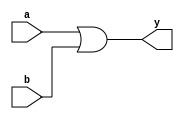
// Code for or_gate  
module or_gate(
  input a,
  input b,
  output y
);
  or(y,a,b);
endmodule